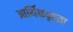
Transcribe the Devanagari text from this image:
आर्थिकदृष्टय़ा